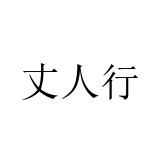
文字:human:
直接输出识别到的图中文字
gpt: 丈人行